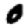
Digit: 0